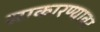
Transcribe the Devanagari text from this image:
साकारण्यावर